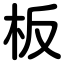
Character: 板